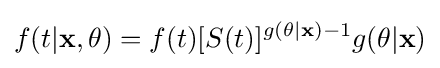
f(t|\mathbf {x} ,\mathbf {\theta } )=f(t)[S(t)]^{g(\mathbf {\theta } |\mathbf {x} )-1}g(\mathbf {\theta } |\mathbf {x} )